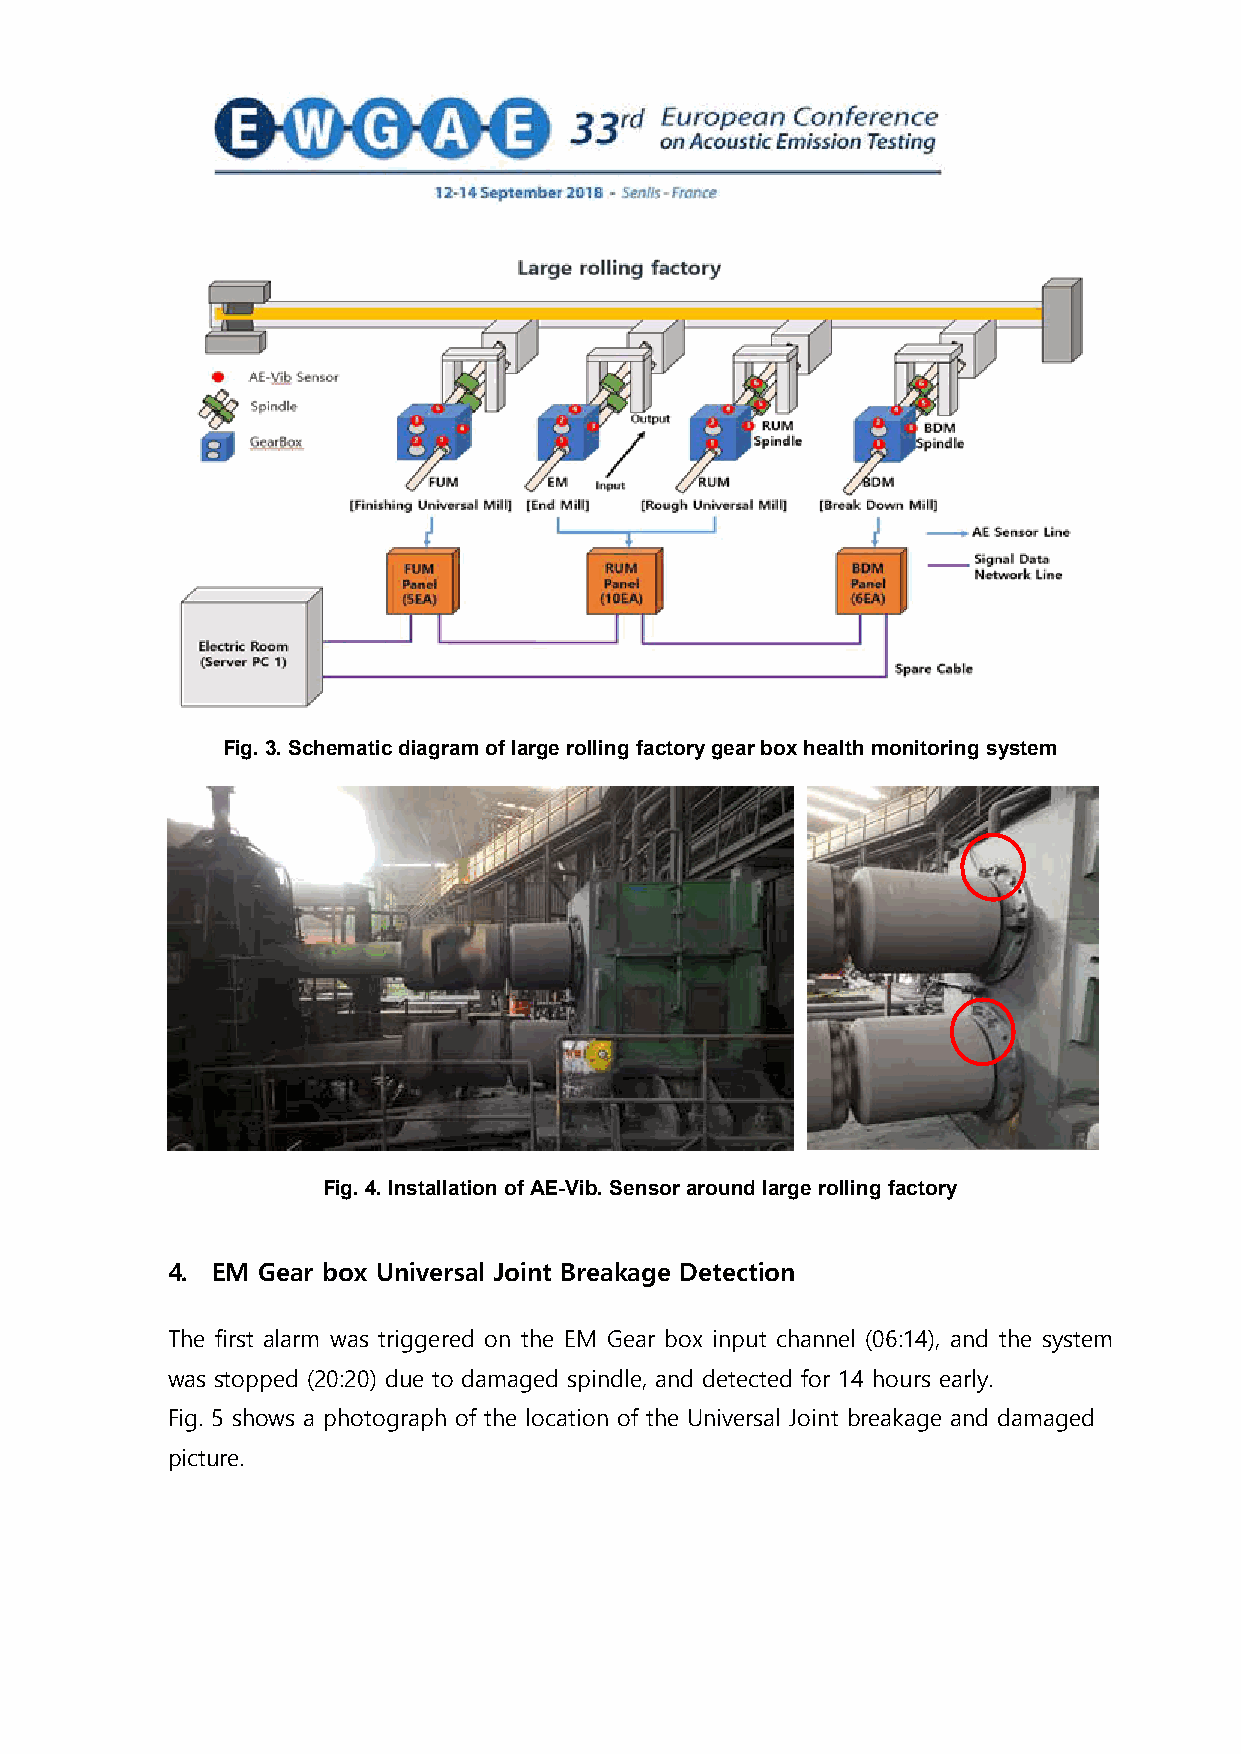
Fig. 3. Schematic diagram of large rolling factory gear box health monitoring system
 Fig. 4. Installation of AE-Vib. Sensor around large rolling factory
 4. EM Gear box Universal Joint Breakage Detection
 The first alarm was triggered on the EM Gear box input channel (06:14), and the system
 was stopped (20:20) due to damaged spindle, and detected for 14 hours early.
 Fig. 5 shows a photograph of the location of the Universal Joint breakage and damaged
 picture.
 5